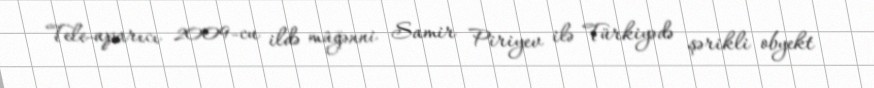
Tele-aparıcı 2009-cu ildə müğənni Samir Piriyev ilə Türkiyədə şərikli obyekt